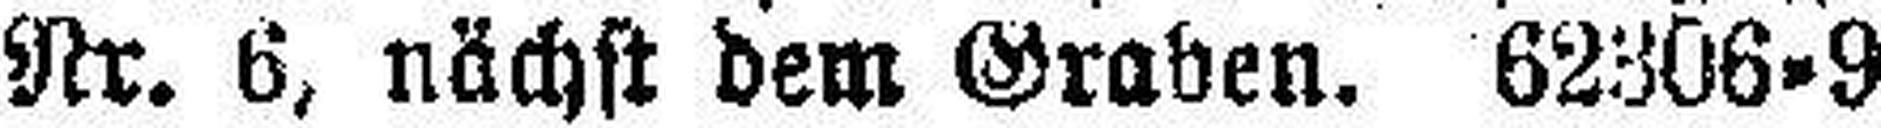
Nr. 6, nächst dem Graben, 62306=9